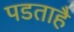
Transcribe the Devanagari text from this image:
पडताहै